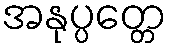
အနုပ္ပတ္တေ